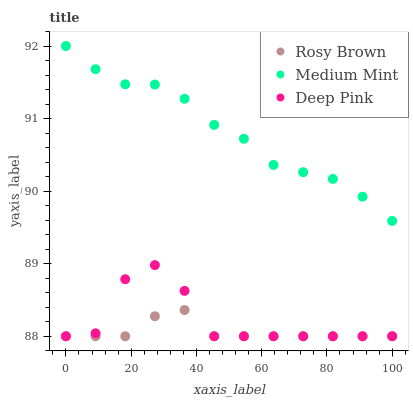
| xaxis_label | Rosy Brown | Medium Mint | Deep Pink |
 | --- | --- | --- | --- |
 | 0 | 88 | 92 | 88 |
 | 9.09 | 88 | 91.7 | 88 |
 | 18.2 | 88 | 91.5 | 88.8 |
 | 27.3 | 88.3 | 91.5 | 89 |
 | 36.4 | 88.4 | 91.3 | 88.6 |
 | 45.5 | 88 | 90.9 | 88 |
 | 54.5 | 88 | 90.7 | 88 |
 | 63.6 | 88 | 90.4 | 88 |
 | 72.7 | 88 | 90.3 | 88 |
 | 81.8 | 88 | 90.2 | 88 |
 | 90.9 | 88 | 89.9 | 88 |
 | 100 | 88 | 89.6 | 88 |